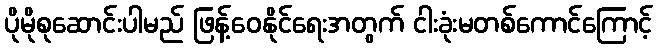
ပိုမိုစုဆောင်းပါမည် ဖြန့်ဝေနိုင်ရေးအတွက် ငါးခုံးမတစ်ကောင်ကြောင့်